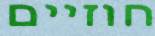
חוזיים